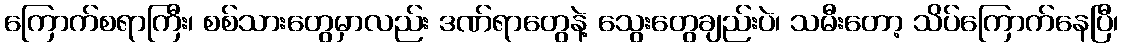
ကြောက်စရာကြီး၊ စစ်သားတွေမှာလည်း ဒဏ်ရာတွေနဲ့ သွေးတွေချည်းပဲ၊ သမီးတော့ သိပ်ကြောက်နေပြီ၊